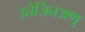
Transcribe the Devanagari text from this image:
उत्तेजितअणु